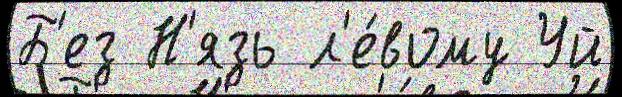
Б'ез Н'язь л'е́вому Уй